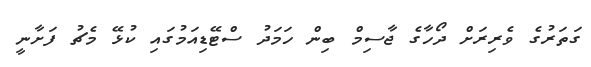
ގަތަރުގެ ވެރިރަށް ދޯހާގެ ޖާސިމް ބިން ހަމަދު ސްޓޭޑިއަމުގައި ކުޅޭ މެޗު ފަށާނީ